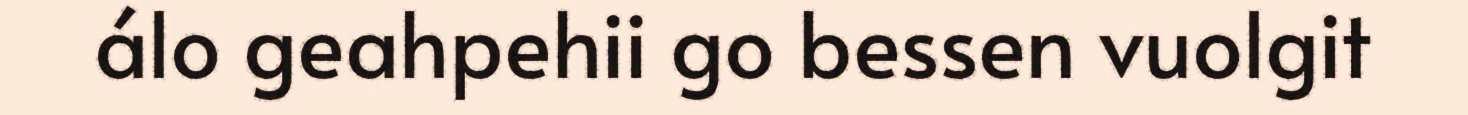
álo geahpehii go bessen vuolgit